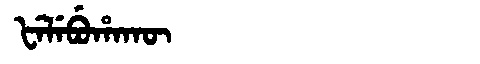
Manchu: ᡶᡝᠯᡝᠪᡠᡥᠠᡴᡡ
Romanization: FELEBUHAKŪ